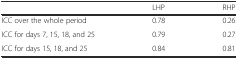
|  | LHP | RHP |
 | --- | --- | --- |
 | ICC over the whole period | 0.78 | 0.26 |
 | ICC for days 7, 15, 18, and 25 | 0.79 | 0.27 |
 | ICC for days 15, 18, and 25 | 0.84 | 0.81 |